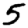
Digit: 5